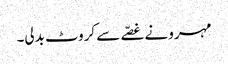
مہرو نے غصّے سے کروٹ بدلی۔